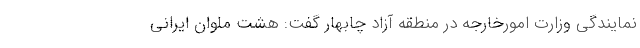
نمایندگی وزارت امورخارجه در منطقه آزاد چابهار گفت: هشت ملوان ایرانی